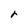
Character: r